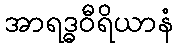
အာရဒ္ဓဝီရိယာနံ